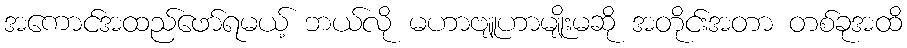
အကောင်အထည်ဖော်ရမယ့် ဘယ်လို မဟာဗျူဟာမျိုးမဆို အတိုင်းအတာ တစ်ခုအထိ